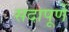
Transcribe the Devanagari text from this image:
सदापूर्णे